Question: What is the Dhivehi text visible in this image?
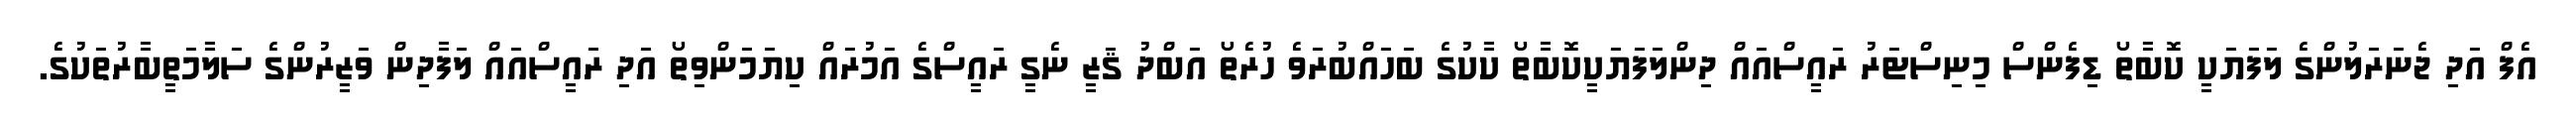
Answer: އެފް އަދި ޖެނަރަލުންގެ ލަފަޔަކީ ކޮބާތޯ ޑިފެންސް މިނިސްޓަރު ރައީސްއައް ދިންލަފަޔަކީކޮބާތޯ ކާކުގެ ބަހައްބުރަވެ ހުރެތޯ އަބްދު ޤަޒީ ނެގީ ރައީސްގެ އަމުރައް ކިޔަމަންވިތޯ އަދި ރައީސްއައް ލަފާދިން ވަޒީރުންގެ ސަލާމަތީބާރުތަކުގެ.